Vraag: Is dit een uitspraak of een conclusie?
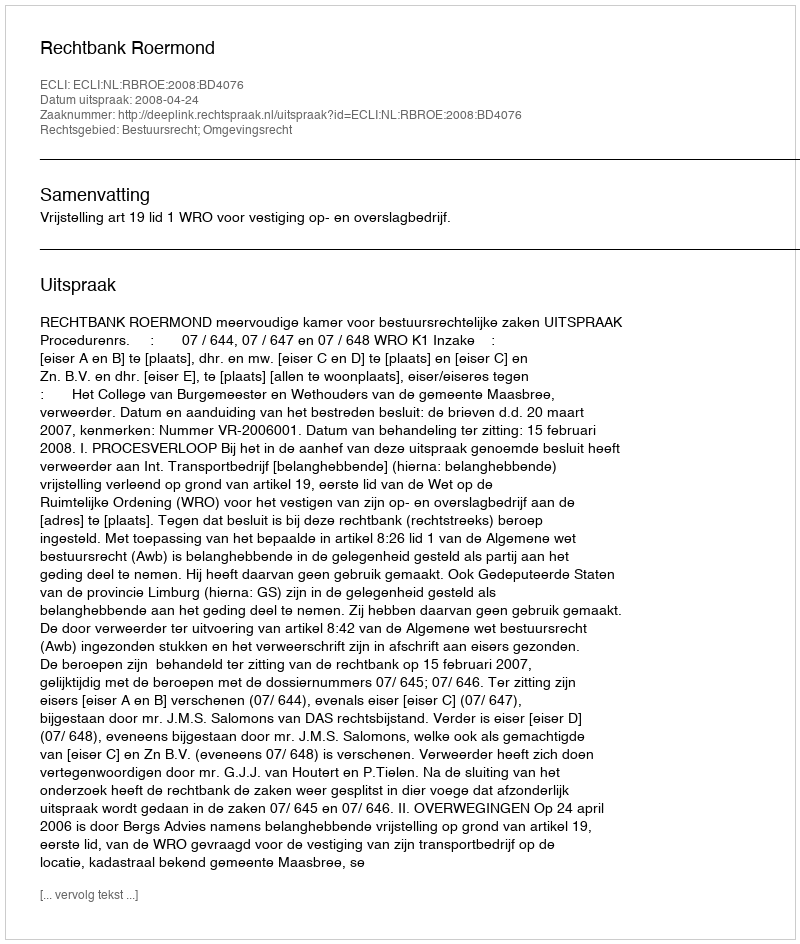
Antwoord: Uitspraak